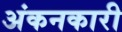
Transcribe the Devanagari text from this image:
अंकनकारी